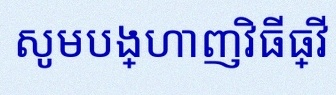
សូមបង្ហាញវិធីធ្វើ